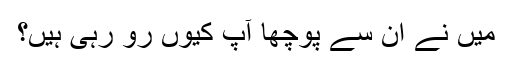
میں نے ان سے پوچھا آپ کیوں رو رہی ہیں؟